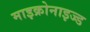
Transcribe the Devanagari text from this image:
माइक्रोनाइज्ड